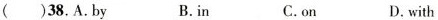
( )38.A.by B.in C.on D.with